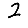
Digit: 2